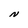
Character: N